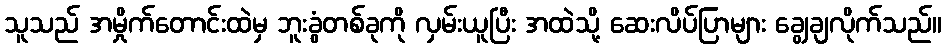
သူသည် အမှိုက်တောင်းထဲမှ ဘူးခွံတစ်ခုကို လှမ်းယူပြီး အထဲသို့ ဆေးလိပ်ပြာများ ချွေချလိုက်သည်။